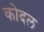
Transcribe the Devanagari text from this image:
कोदल